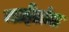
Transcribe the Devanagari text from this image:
माईब्रांड